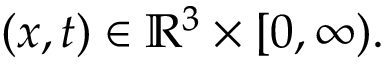
\qquad ( x , t ) \in \mathbb { R } ^ { 3 } \times [ 0 , \infty ) .